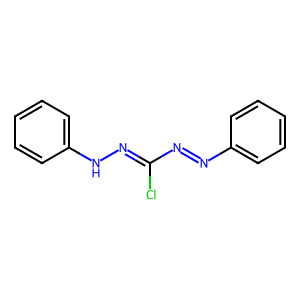
SMILES: ClC(N=Nc1ccccc1)=NNc1ccccc1
Inhibits HIV replication: No